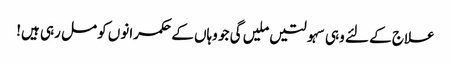
علاج کے لئے وہی سہولتیں ملیں گی جو وہاں کے حکمرانوں کو مل رہی ہیں!